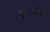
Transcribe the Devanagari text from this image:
इन्स्टीट्युट